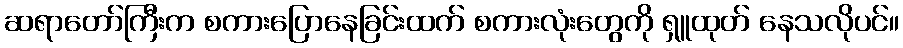
ဆရာတော်ကြီးက စကားပြောနေခြင်းထက် စကားလုံးတွေကို ရှူထုတ် နေသလိုပင်။